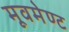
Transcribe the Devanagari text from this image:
मूवमेण्ट